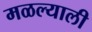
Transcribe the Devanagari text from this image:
मळल्याली